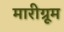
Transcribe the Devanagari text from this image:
मारीग्रूम